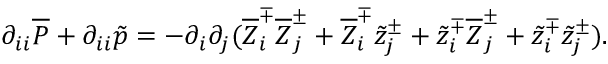
\partial _ { i i } \overline { { P } } + \partial _ { i i } \tilde { p } = - \partial _ { i } \partial _ { j } ( \overline { { Z } } _ { i } ^ { \mp } \overline { { Z } } _ { j } ^ { \pm } + \overline { { Z } } _ { i } ^ { \mp } \tilde { z } _ { j } ^ { \pm } + \tilde { z } _ { i } ^ { \mp } \overline { { Z } } _ { j } ^ { \pm } + \tilde { z } _ { i } ^ { \mp } \tilde { z } _ { j } ^ { \pm } ) .